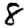
Digit: 8